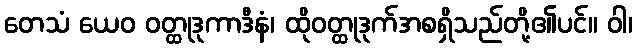
တေသံ ယေဝ ဝတ္ထုဒုကာဒီနံ၊ ထိုဝတ္ထုဒုက်အစရှိသည်တို့၏ပင်။ ဝါ၊